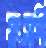
সংসর্পী